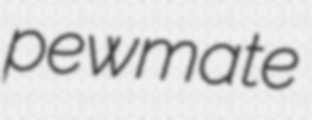
pewmate